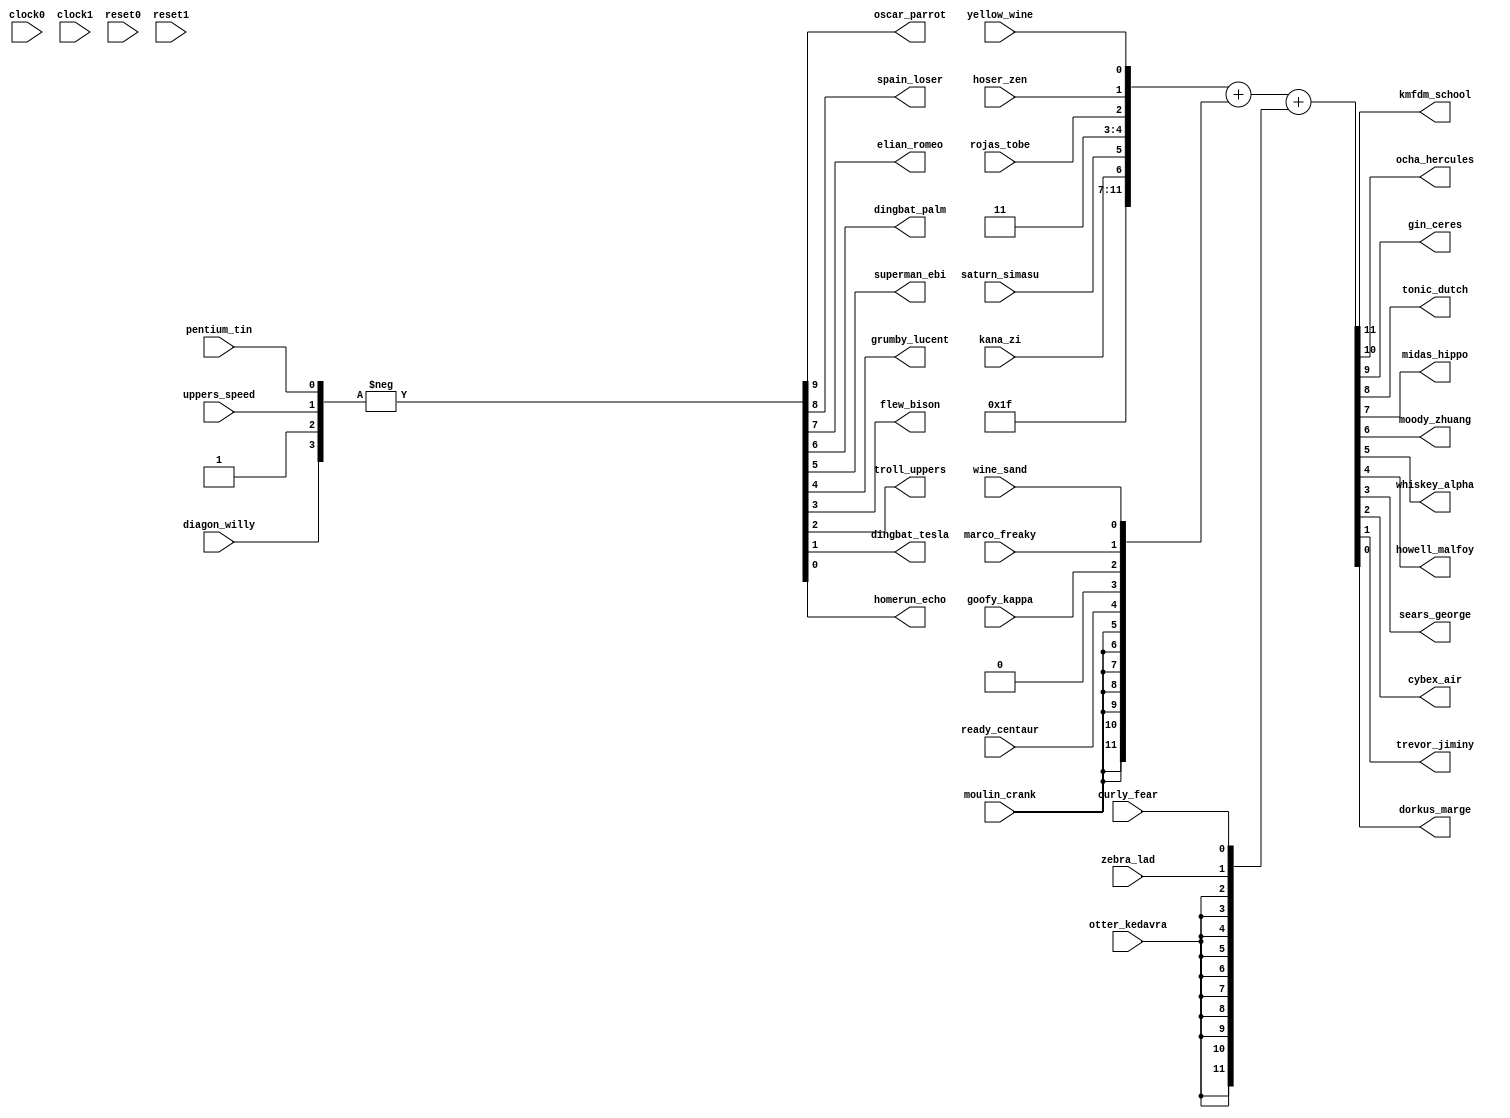
/////////////////////////////////////////////////////////////////
// Altera Corporation
//
// File - nut_002_hagrid_neon.v
// 16 inputs 22 outputs
//
//
/////////////////////////////////////////////////////////////////
module nut_002_hagrid_neon (
// inputs
 diagon_willy, uppers_speed, pentium_tin, moulin_crank, otter_kedavra, kana_zi,
      saturn_simasu, ready_centaur, rojas_tobe, goofy_kappa, hoser_zen, marco_freaky,
      zebra_lad, yellow_wine, wine_sand, curly_fear,

     // outputs
 oscar_parrot, spain_loser, elian_romeo, dingbat_palm, superman_ebi, grumby_lucent,
      flew_bison, troll_uppers, dingbat_tesla, homerun_echo, kmfdm_school, ocha_hercules,
      gin_ceres, tonic_dutch, midas_hippo, moody_zhuang, whiskey_alpha, howell_malfoy,
      sears_george, cybex_air, trevor_jiminy, dorkus_marge,

     // tristate outputs


     clock0, clock1, reset0, reset1
);
  input diagon_willy;
  input uppers_speed;
  input pentium_tin;
  input moulin_crank;
  input otter_kedavra;
  input kana_zi;
  input saturn_simasu;
  input ready_centaur;
  input rojas_tobe;
  input goofy_kappa;
  input hoser_zen;
  input marco_freaky;
  input zebra_lad;
  input yellow_wine;
  input wine_sand;
  input curly_fear;
  input clock0, clock1, reset0, reset1;

  output oscar_parrot;
  output spain_loser;
  output elian_romeo;
  output dingbat_palm;
  output superman_ebi;
  output grumby_lucent;
  output flew_bison;
  output troll_uppers;
  output dingbat_tesla;
  output homerun_echo;
  output kmfdm_school;
  output ocha_hercules;
  output gin_ceres;
  output tonic_dutch;
  output midas_hippo;
  output moody_zhuang;
  output whiskey_alpha;
  output howell_malfoy;
  output sears_george;
  output cybex_air;
  output trevor_jiminy;
  output dorkus_marge;

//tristate outs


//constants
  wire vcc;
  wire gnd;
  assign vcc = 1'b1;
  assign gnd = 1'b0;



  reg oscar_parrot;
  reg spain_loser;
  reg elian_romeo;
  reg dingbat_palm;
  reg superman_ebi;
  reg grumby_lucent;
  reg flew_bison;
  reg troll_uppers;
  reg dingbat_tesla;
  reg homerun_echo;
  reg kmfdm_school;
  reg ocha_hercules;
  reg gin_ceres;
  reg tonic_dutch;
  reg midas_hippo;
  reg moody_zhuang;
  reg whiskey_alpha;
  reg howell_malfoy;
  reg sears_george;
  reg cybex_air;
  reg trevor_jiminy;
  reg dorkus_marge;


// 2s comp negate A
always @(diagon_willy or vcc or uppers_speed or pentium_tin)
  begin
    {oscar_parrot,spain_loser,elian_romeo,dingbat_palm,superman_ebi,grumby_lucent,flew_bison,troll_uppers,dingbat_tesla,homerun_echo} = - {diagon_willy,vcc,uppers_speed,pentium_tin};
  end

// Ternary sign extend bait
always @(vcc or vcc or vcc or vcc or vcc or kana_zi or saturn_simasu or vcc or vcc or rojas_tobe or hoser_zen or yellow_wine or
         moulin_crank or moulin_crank or moulin_crank or moulin_crank or moulin_crank or moulin_crank or moulin_crank or ready_centaur or gnd or goofy_kappa or marco_freaky or wine_sand or
         otter_kedavra or otter_kedavra or otter_kedavra or otter_kedavra or otter_kedavra or otter_kedavra or otter_kedavra or otter_kedavra or otter_kedavra or otter_kedavra or zebra_lad or curly_fear)
  begin
    {kmfdm_school,ocha_hercules,gin_ceres,tonic_dutch,midas_hippo,moody_zhuang,whiskey_alpha,howell_malfoy,sears_george,cybex_air,trevor_jiminy,dorkus_marge} = 
        {vcc,vcc,vcc,vcc,vcc,kana_zi,saturn_simasu,vcc,vcc,rojas_tobe,hoser_zen,yellow_wine} +
        {moulin_crank,moulin_crank,moulin_crank,moulin_crank,moulin_crank,moulin_crank,moulin_crank,ready_centaur,gnd,goofy_kappa,marco_freaky,wine_sand} +
        {otter_kedavra,otter_kedavra,otter_kedavra,otter_kedavra,otter_kedavra,otter_kedavra,otter_kedavra,otter_kedavra,otter_kedavra,otter_kedavra,zebra_lad,curly_fear};
  end


endmodule